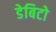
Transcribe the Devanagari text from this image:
डेबिटो